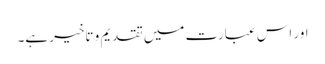
اور اس عبارت میں تقدیم و تاخیر ہے۔